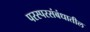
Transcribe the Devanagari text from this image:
परस्परसंबंधातील